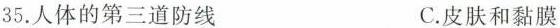
35.人体的第三道防线 C.皮肤和黏膜